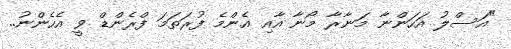
"އަސްލު އަހަންނާ މަނާރާ މޯނާ އާއި އެންމެ ފުރަތަމަ ފްރެންޑް ވީ އެހެންނު..